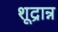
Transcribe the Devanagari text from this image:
शूद्रान्न